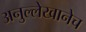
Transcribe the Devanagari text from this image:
अनुल्लेखानेच